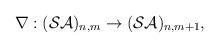
LaTeX: \begin{align*}\nabla :({\cal SA})_{n,m}\rightarrow ({\cal SA})_{n,m+1}, \end{align*}